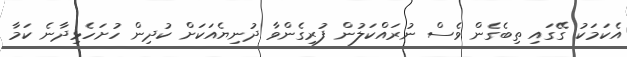
އެކަމަކު ގޭގައި ތިބެގެން ވެސް ނުރައްކަލުން ފުރިގެންވާ ދުނިޔެއަކަށް ކުދިން ހުށަހެޅިދާނެ ކަމާ